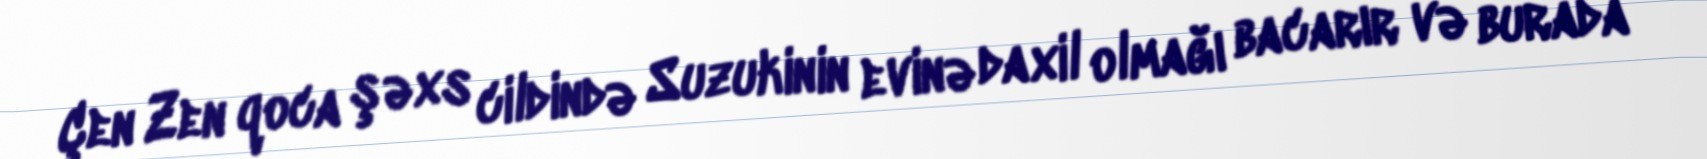
Çen Zen qoca şəxs cildində Suzukinin evinə daxil olmağı bacarır və burada